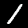
Label: 1